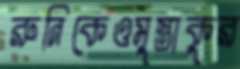
রুনিকেওমুস্তাকুর